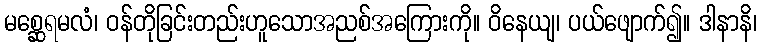
မစ္ဆေရမလံ၊ ဝန်တိုခြင်းတည်းဟူသောအညစ်အကြေားကို။ ဝိနေယျ၊ ပယ်ဖျောက်၍။ ဒါနာနိ၊